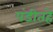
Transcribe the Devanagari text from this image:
पंडीतहे